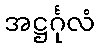
အဋ္ဌင်္ဂုလံ